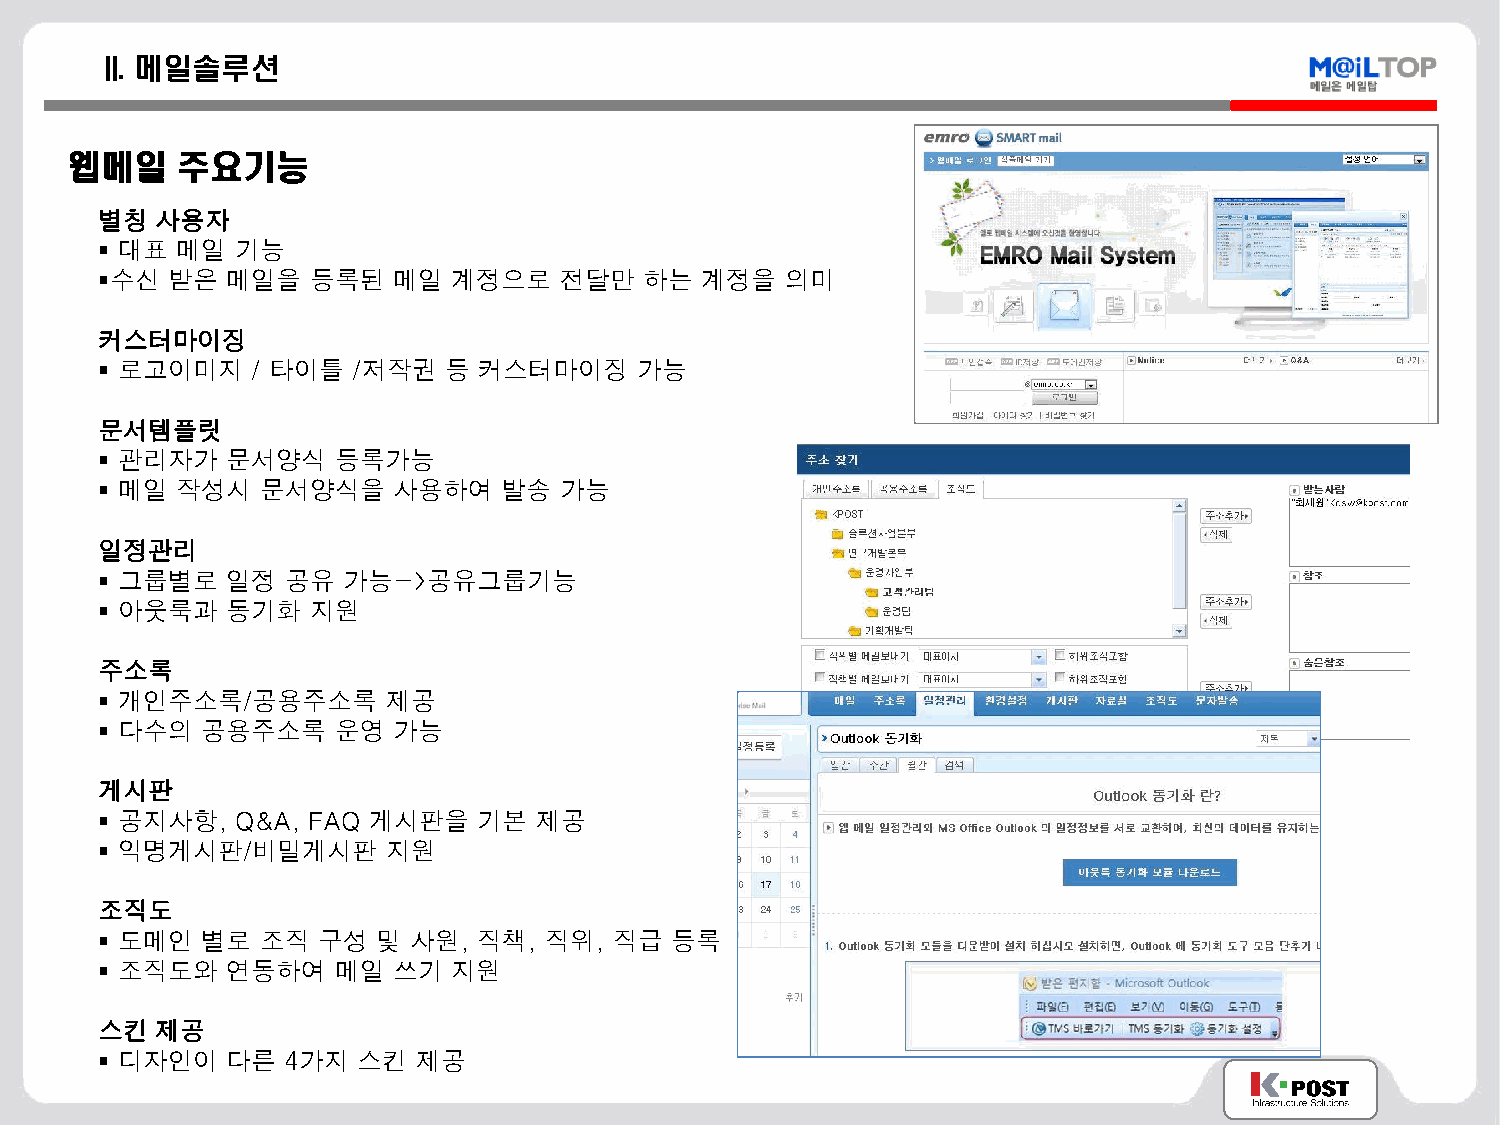
II. 메일솔루션
 웹메일    주요기능
 별칭 사용자
  대표 메일  기능
 수신 받은  메일을   등록된  메일  계정으로   전달만   하는 계정을   의미
 커스터마이징
  로고이미지   / 타이틀 /저작권  등  커스터마이징    가능
 문서템플릿
  관리자가  문서양식   등록가능
  메일 작성시  문서양식을    사용하여   발송  가능
 일정관리
  그룹별로  일정  공유  가능->공유그룹기능
  아웃룩과  동기화   지원
 주소록
  개인주소록/공용주소록      제공
  다수의 공용주소록    운영  가능
 게시판
  공지사항,  Q&A, FAQ 게시판을   기본 제공
  익명게시판/비밀게시판      지원
 조직도
  도메인 별로  조직  구성  및 사원,  직책, 직위,  직급 등록
  조직도와  연동하여   메일  쓰기  지원
 스킨 제공
  디자인이  다른  4가지  스킨  제공